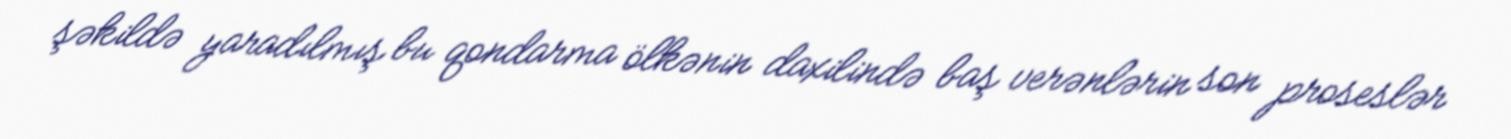
şəkildə yaradılmış bu qondarma ölkənin daxilində baş verənlərin son proseslər